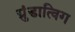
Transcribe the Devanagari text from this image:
ग्रुंडात्विग